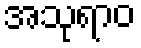
အသုရာဝ